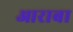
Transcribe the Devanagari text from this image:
आराबा